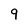
Character: 9